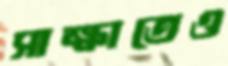
সাক্ষাতেও